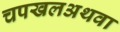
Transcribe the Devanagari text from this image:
चपखलअथवा